Revision of Machinery of Youth Service Scheme, 1942
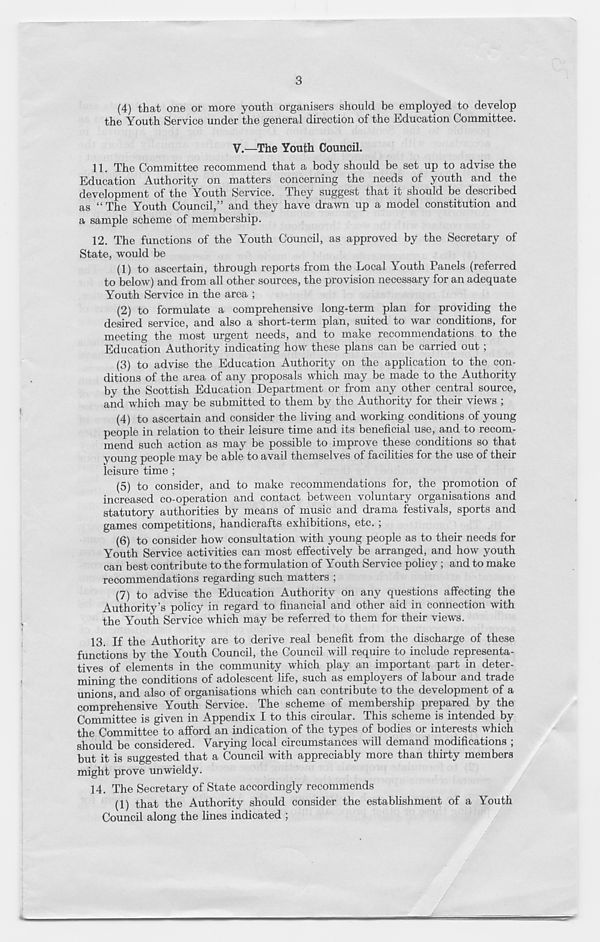
3
(4)
that one or more youth organisers
the Youth Service under "the general direction of the Education Committee.
V.—The Youth Council.
11. The Committee recommend that a body should be set up to advise the
Education Authority on matters concerning the needs of youth and the
development of the Youth Service. They suggest that it should be described
as “ The Youth Council,” and they have drawn up a model constitution and
a sample scheme of membership.
12. The functions of the Youth Council, as approved by the Secretary of
State, would be
(1) to ascertain, through reports from the Local Youth Panels (referred
to below) and from all other sources, the provision necessary for an adequate
Youth Service in the area ;
(2) to formulate a comprehensive long-term plan for providing the
desired service, and also a short-term plan, suited to war conditions, for
meeting the most urgent needs, and to make recommendations to the
Education Authority indicating how these plans can be carried out ;
(3) to advise the Education Authority on the application to the con-
ditions of the area of any proposals which may be made to the Authority
by the Scottish Education Department or from any other central source,
and which may be submitted to them by the Authority for their views ;
(4) to ascertain and consider the living and working conditions of young
people in relation to their leisure time and its beneficial use, and to recom-
mend such action as may be possible to improve these conditions so that
young people may be able to avail themselves of facilities for the use of their
leisure time ;
(5) to consider, and to make recommendations for, the promotion of
increased co-operation and contact between voluntary organisations and
statutory authorities by means of music and drama festivals, sports and
games competitions, handicrafts exhibitions, etc. ;
(6) to consider how consultation with young people as to their needs for
Youth Service activities can most effectively be arranged, and how youth
can best contribute to the formulation of Youth Service policy ; and to make
recommendations regarding such matters ;
(7) to advise the Education Authority on any questions affecting the
Authority’s policy in regard to financial and other aid in connection with
the Youth Service which may be referred to them for their views.
13. If the Authority are to derive real benefit from the discharge of these
functions by the Youth Council, the Council will require to include representa-
tives of elements in the community which play an important part in deter-
mining the conditions of adolescent life, such as employers of labour and trade
unions, and also of organisations which can contribute to the development of a
comprehensive Youth Service. The scheme of membership prepared by the
Committee is given in Appendix I to this circular. This scheme is intended by
the Committee to afford an indication of the types of bodies or interests which
should be considered. Varying local circumstances will demand modifications ;
but it is suggested that a Council with appreciably more than thirty members
might prove unwieldy.
14. The Secretary of State accordingly recommends
(1) that the Authority should consider the establishment of a Youth
Council along the lines indicated ;